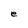
Character: e